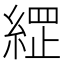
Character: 𮈣